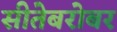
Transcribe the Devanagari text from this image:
सीतेबरोबर